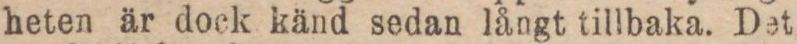
heten är dock känd sedan långt tillbaka. Det